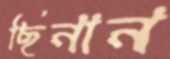
ছিনান